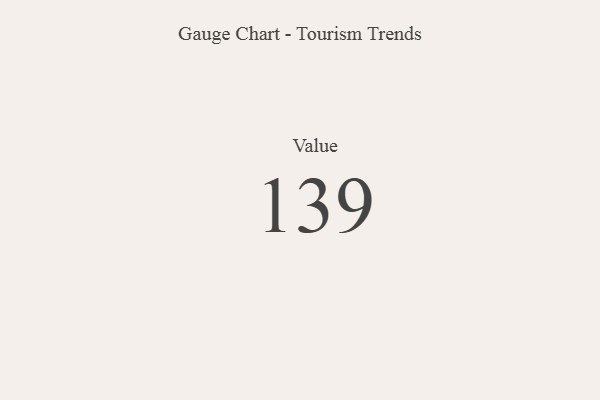
{"axis": {"x": "Metric", "y": "Value"}, "legend": [""], "data": [{"x": "Value", "y": 139, "type": ""}]}